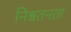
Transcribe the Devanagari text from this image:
निश्चतनता